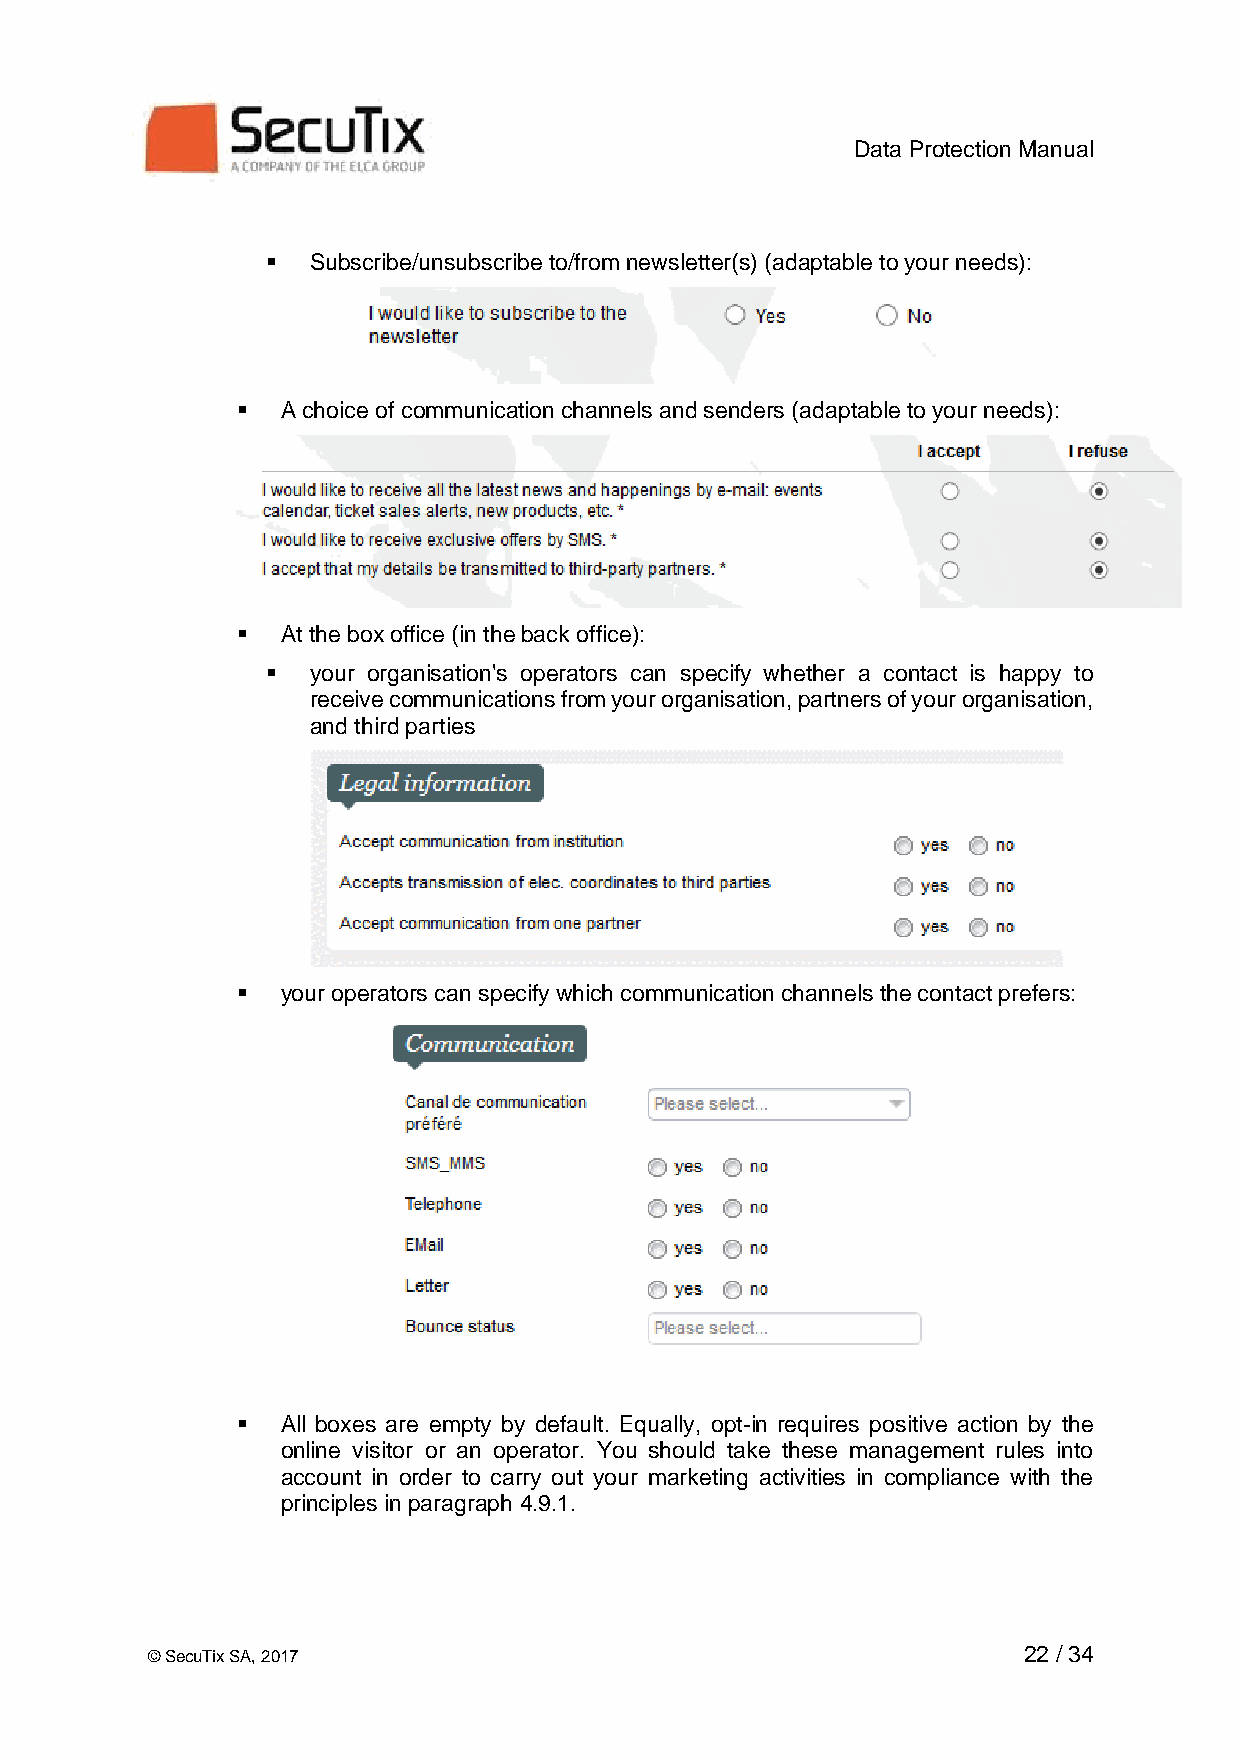
Data Protection Manual
 ▪  Subscribe/unsubscribe to/from newsletter(s) (adaptable to your needs):
 ▪  A choice of communication channels and senders (adaptable to your needs):
 ▪  At the box office (in the back office):
 ▪  your organisation's operators can specify whether a contact is happy to
 receive communications from your organisation, partners of your organisation,
 and third parties
 ▪  your operators can specify which communication channels the contact prefers:
 ▪  All boxes are empty by default. Equally, opt-in requires positive action by the
 online visitor or an operator. You should take these management rules into
 account in order to carry out your marketing activities in compliance with the
 principles in paragraph 4.9.1.
 © SecuTix SA, 2017                                        22 / 34